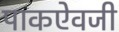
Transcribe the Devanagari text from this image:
पाकऐवजी